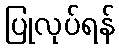
ပြုလုပ်ရန်